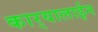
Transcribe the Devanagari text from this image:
कार्‍यालाईन